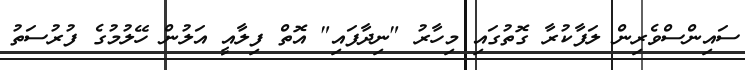
ސައިންސްވެރިން ލަފާކުރާ ގޮތުގައި މިހާރު "ނިދާފައި" އޮތް ފިލާއީ އަލުން ހޭލުމުގެ ފުރުސަތު